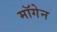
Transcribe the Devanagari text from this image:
मॉगेन